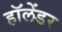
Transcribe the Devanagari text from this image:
हॉलेंडर